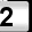
Digit: 2